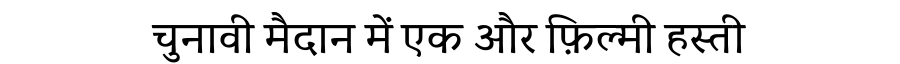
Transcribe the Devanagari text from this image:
चुनावी मैदान में एक और फ़िल्मी हस्ती